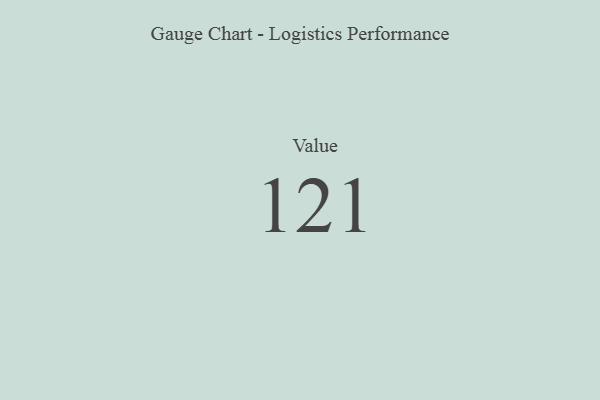
{"axis": {"x": "Metric", "y": "Value"}, "legend": [""], "data": [{"x": "Value", "y": 121, "type": ""}]}